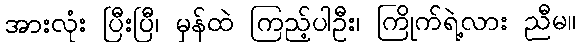
အားလုံး ပြီးပြီ၊ မှန်ထဲ ကြည့်ပါဦး၊ ကြိုက်ရဲ့လား ညီမ။